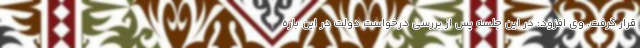
قرار گرفت. وی افزود: در این جلسه پس از بررسی درخواست دولت در این باره